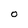
Character: O